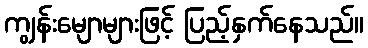
ကျွန်းမျောများဖြင့် ပြည့်နှက်နေသည်။